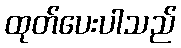
ထုတ်ပေးပါသည်